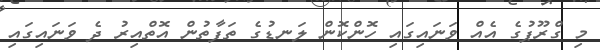
މި ގްރޫޕުގެ އެއް ވަނައިގައި ހޮންކޮން ލަނޑުގެ ތަފާތުން އޮތްއިރު ދެ ވަނައިގައި